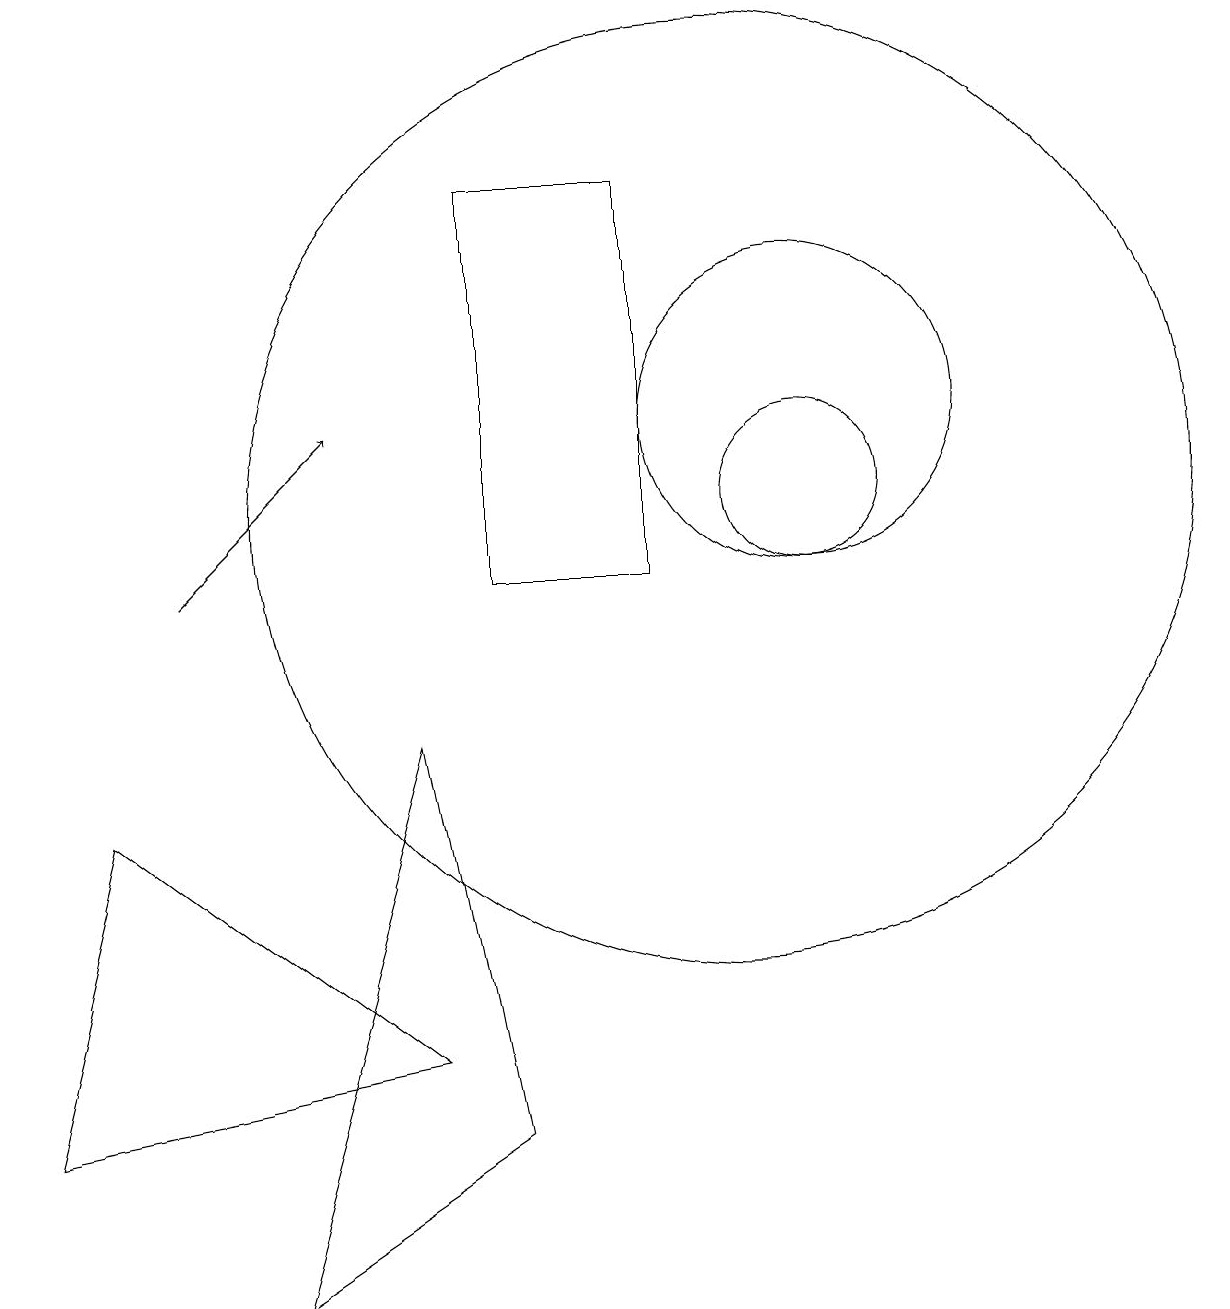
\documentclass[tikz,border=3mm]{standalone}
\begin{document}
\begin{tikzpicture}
\draw (7,3) -- (4,1) -- (6,8) -- cycle;
\draw (10,11) circle (6);
\draw[->] (3,10) -- (5,12);
\draw (11,11) circle (1);
\draw (7,15) rectangle (9,10);
\draw (6,4) -- (2,7) -- (1,3) -- cycle;
\draw (11,12) circle (2);
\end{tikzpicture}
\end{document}